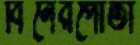
বিনেরপোতা